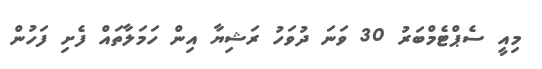
މިއީ ސެޕްޓެމްބަރު 30 ވަަނަ ދުވަހު ރަޝިޔާ އިން ހަމަލާތައް ފެށި ފަހުން